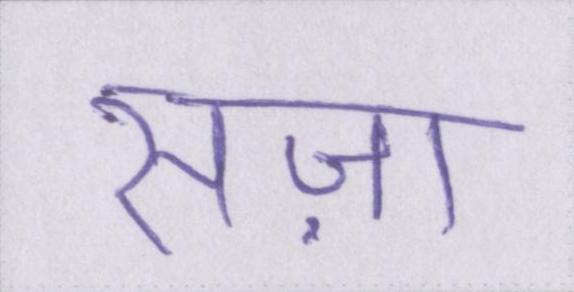
सज़ा